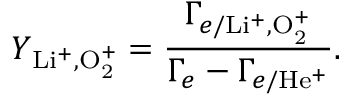
Y _ { \mathrm { L i ^ { + } , O _ { 2 } ^ { + } } } = \frac { \Gamma _ { e / \mathrm { L i ^ { + } , O _ { 2 } ^ { + } } } } { \Gamma _ { e } - \Gamma _ { e / \mathrm { H e ^ { + } } } } .